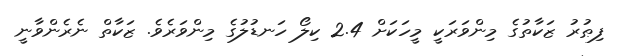
ފިޠުރު ޒަކާތުގެ މިންވަރަކީ މީހަކަށް 2.4 ކިލޯ ހަނޑުލުގެ މިންވަރެވެ. ޒަކާތް ނެރެންވާނީ